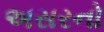
અસરનો